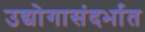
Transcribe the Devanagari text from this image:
उद्योगासंदर्भात